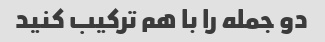
دو جمله را با هم ترکیب کنید